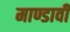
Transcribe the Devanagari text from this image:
माण्डावी